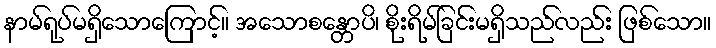
နာမ်ရုပ်မရှိသောကြောင့်။ အသောစန္တောပိ၊ စိုးရိမ်ခြင်းမရှိသည်လည်း ဖြစ်သော။